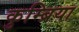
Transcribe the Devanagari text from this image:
कुम्ब्रिया